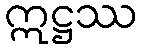
ဣဋ္ဌဿ